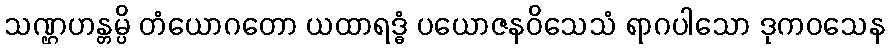
သဏ္ဌဟန္တမ္ပိ တံယောဂတော ယထာရဒ္ဓံ ပယောဇနဝိသေသံ ရာဂပါသော ဒုကဝသေန